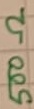
Text: 500Ω